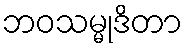
ဘဝသမ္မုဒိတာ